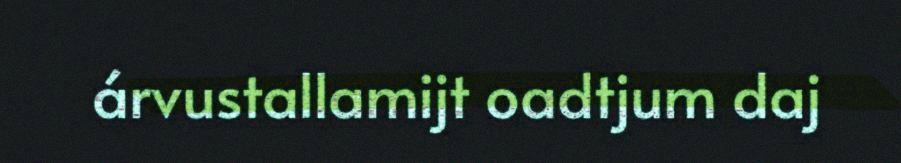
árvustallamijt oadtjum daj